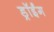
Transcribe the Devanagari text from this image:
ड्रॉईंग